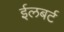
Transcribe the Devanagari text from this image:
ईलबर्ट